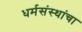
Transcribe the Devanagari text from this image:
धर्मसंस्थांचा